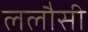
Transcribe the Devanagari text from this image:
ललौसी